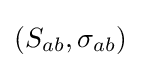
(S_{ab},\sigma _{ab})